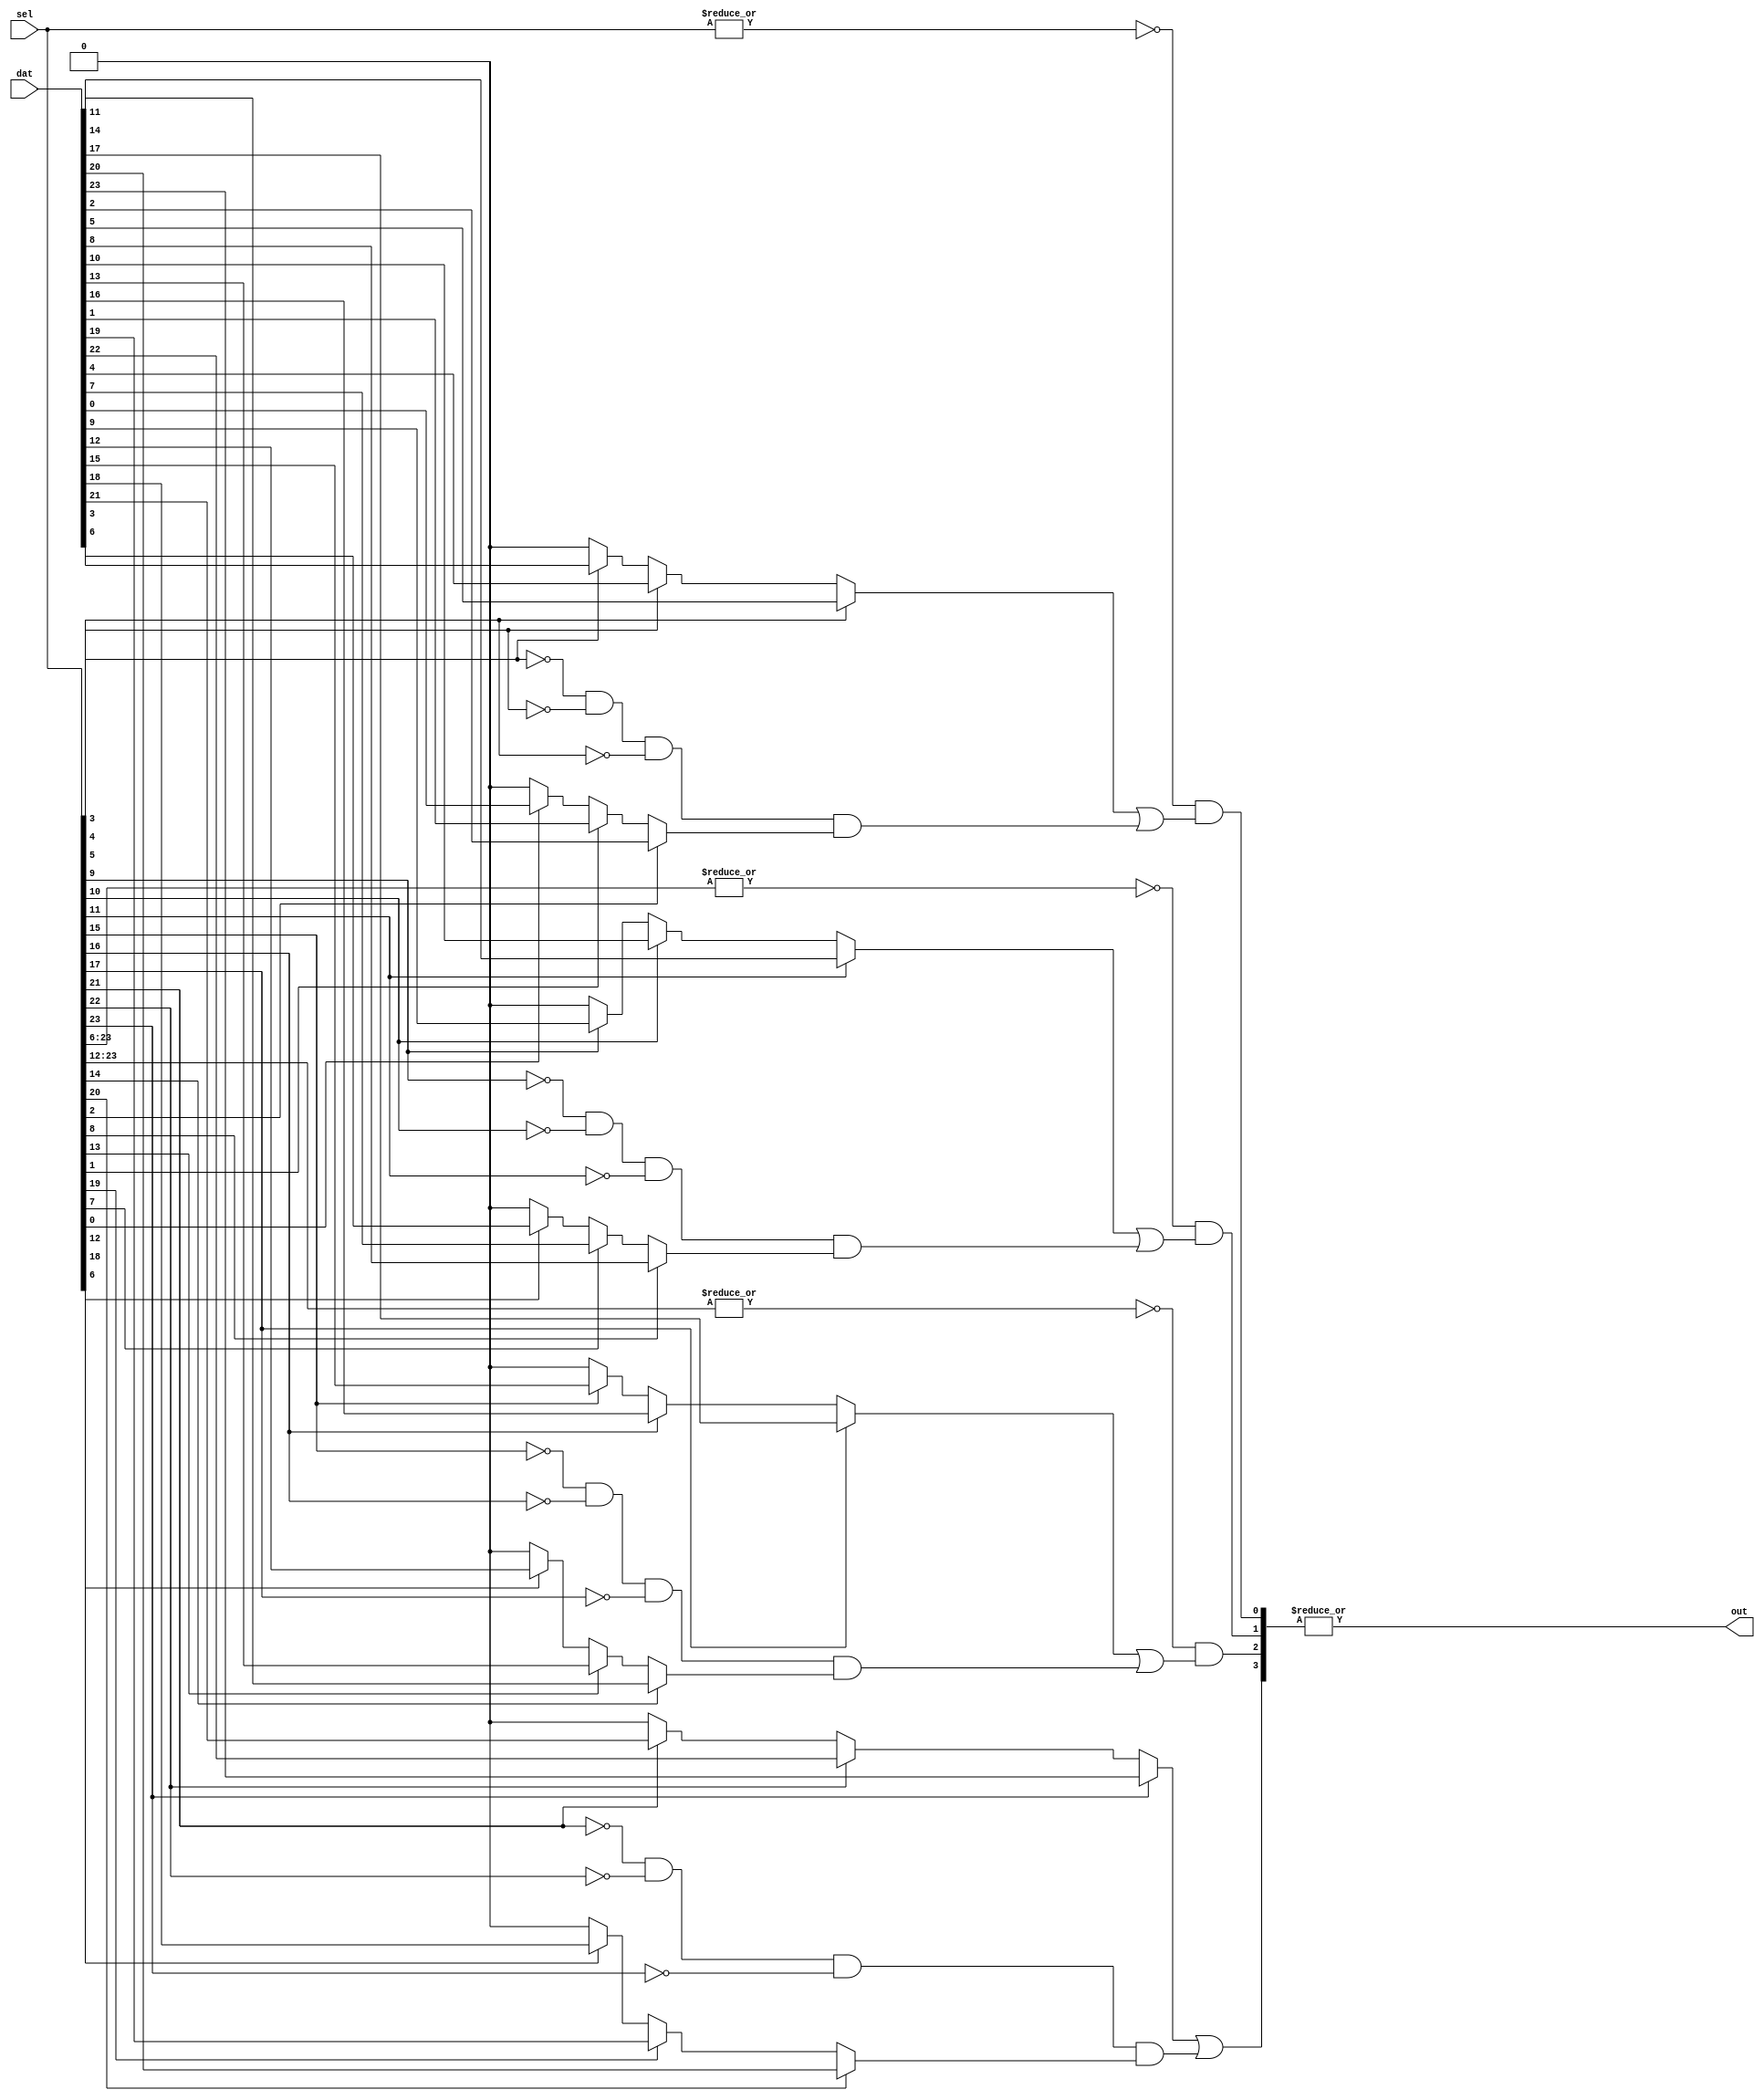
// Copyright 2007 Altera Corporation. All rights reserved.  
// Altera products are protected under numerous U.S. and foreign patents, 
// maskwork rights, copyrights and other intellectual property laws.  
//
// This reference design file, and your use thereof, is subject to and governed
// by the terms and conditions of the applicable Altera Reference Design 
// License Agreement (either as signed by you or found at www.altera.com).  By
// using this reference design file, you indicate your acceptance of such terms
// and conditions between you and Altera Corporation.  In the event that you do
// not agree with such terms and conditions, you may not use the reference 
// design file and please promptly destroy any copies you have made.
//
// This reference design file is being provided on an "as-is" basis and as an 
// accommodation and therefore all warranties, representations or guarantees of 
// any kind (whether express, implied or statutory) including, without 
// limitation, warranties of merchantability, non-infringement, or fitness for
// a particular purpose, are specifically disclaimed.  By making this reference
// design file available, Altera expressly does not recommend, suggest or 
// require that this reference design file be used in combination with any 
// other product not provided by Altera.
/////////////////////////////////////////////////////////////////////////////

// baeckler - 3-20-2006
// higher numbered select bits take priority over lower

module priority_mux (sel,dat,out);

parameter WIDTH = 24;  // currently must be a multiple of 6

localparam WIDTH_DIV_3 = WIDTH/3;
localparam WIDTH_DIV_6 = WIDTH/6;

input [WIDTH-1:0] sel;
input [WIDTH-1:0] dat;
output out;

parameter METHOD = 1;


genvar i;
generate 
	if (METHOD == 0) begin
		////////////////////////////////////////////
		// Generic
		////////////////////////////////////////////
		wire [WIDTH:0] partials;
		assign partials[0] = 1'b0;

		for (i=0; i<WIDTH; i=i+1) 
		begin : m
		 assign partials[i+1] = (!sel[i] & partials[i]) | (sel[i] & dat[i]);
		end   
		assign out = partials[WIDTH];
	end
	else if (METHOD == 1) begin
		////////////////////////////////////////////
		// With some hard grouping for speed
		////////////////////////////////////////////
		// priority mux within a block of 6 
		wire [WIDTH_DIV_3-1:0] triples /* synthesis keep */;
		for (i=0; i<WIDTH_DIV_3; i=i+1) 
		begin : m3
		   assign triples[i] = sel[3*i+2] ? dat[3*i+2] : 
							sel[3*i+1] ? dat[3*i+1] :
							sel[3*i] ? dat[3*i] : 1'b0;							
		end   
		
		// aggregate the select signals to chunks of 6
		wire [WIDTH_DIV_6-1:0] grouped_select /* synthesis keep */;
		for (i=0; i<WIDTH_DIV_6; i=i+1) 
		begin : sg
			assign grouped_select[i] = |sel[6*i+5:6*i];
		end   

		// see if a block of 6 higher than mine is active
		wire [WIDTH_DIV_6-1:0] higher_select;
		for (i=0; i<WIDTH_DIV_6-1; i=i+1) 
		begin : hs
			assign higher_select[i] = |grouped_select[WIDTH_DIV_6-1:i];
		end   
		assign higher_select[WIDTH_DIV_6-1] = 1'b0;
						
		// priority mux within a block of 6
		// refer to the higher signal for between block
		// priority 
		wire [WIDTH_DIV_6-1:0] sixes;
		for (i=0; i<WIDTH_DIV_6; i=i+1) 
		begin : m6
			assign sixes[i] = !higher_select[i] & (
				triples[2*i+1] | 
				(!sel[6*i+3] & !sel[6*i+4] & !sel[6*i+5] & triples[2*i]));
		end   
		assign out = |sixes;
	end
endgenerate    
endmodule